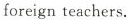
foreign teachers..